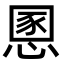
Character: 慁